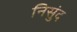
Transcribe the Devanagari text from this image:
निसुंद